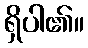
ရှိပါ၏။